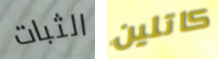
الثبات كاتلين